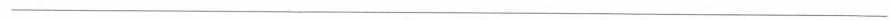
___